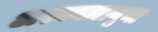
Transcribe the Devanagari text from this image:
अश्वनालनुमा